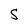
Character: S